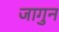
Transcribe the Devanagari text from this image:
जागुन